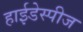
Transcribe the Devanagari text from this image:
हाईडेस्पीज